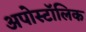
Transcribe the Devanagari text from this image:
अपोस्टॉलिक